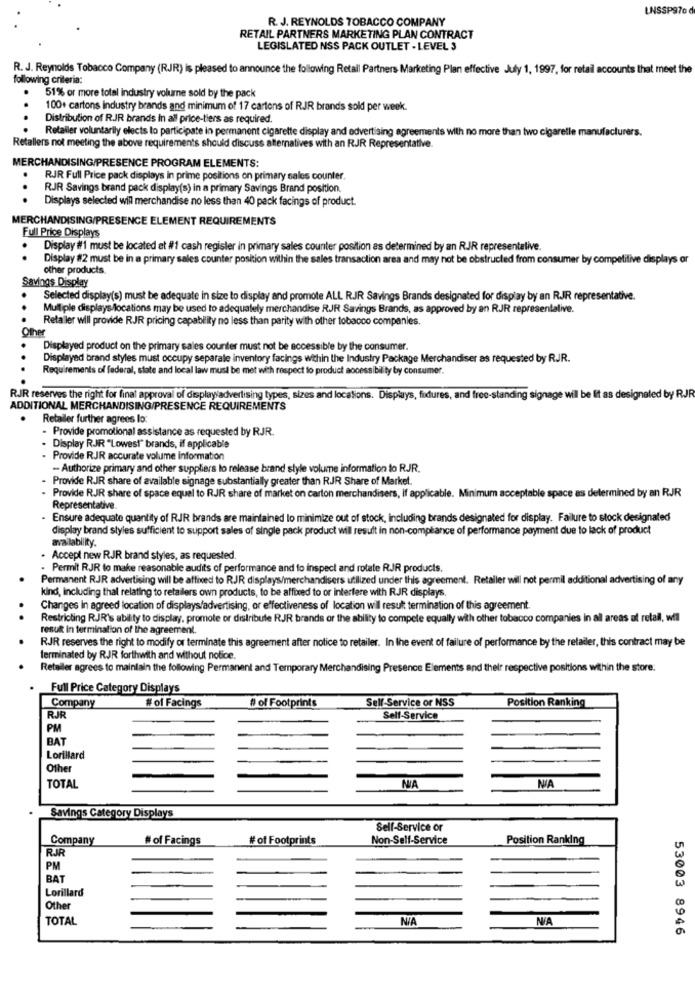
LNSSP970
R. J. REYNOLDS TOBACCO COMPANY
RETAIL PARTNERS MARKETING PLAN CONTRACT
LEGISLATED NSS PACK OUTLET - LEVEL 3
R. J. Reynolds Tobacco Company (RJR) is pleased to announce the following Retail Partners Marketing Plan effective July 1, 1997, for retail accounts that meet the
following criteria;
51% or more total industry volume sold by the pack
100+ cartons industry brands and minimum of 17 cartons of RJR brands sold per week.
Distribution of RJR brands In all price-tiers as required.
Retailer voluntarily elects to participate in permanent cigarette display and advertising agreements with no more than two cigaretle manufacturers.
Retallers not meeting the above requirements should discuss alternatives with an RJR Representative.
MERCHANDISING/PRESENCE PROGRAM ELEMENTS:
RJR Full Price pack displays in prime positions on primary sales counter.
. .
RJR Savings brand pack display(s) in a primary Savings Brand position.
Displays selected wil merchandise no less than 40 pack facings of product.
MERCHANDISING/PRESENCE ELEMENT REQUIREMENTS
Full Price Displays
Display #1 must be located at #1 cash register in primary sales counter position as determined by an RJR representalive.
..
Display #2 must be in a primary sales counter position within the sales transaction area and may not be obstructed from consumer by competitive displays or
other products.
Savings Display
Selected display(s) must be adequate in size to display and promote ALL RJR Savings Brands designated for display by an RJR representative.
Multiple displays/locations may be used to adequately merchandise RJR Savings Brands, as approved by an RJR representalive.
Retailer will provide RJR pricing capability no less than parity with other tobacco companies.
Other
Displayed product on the primary sales counter must not be accessible by the consumer.
Displayed brand styles must occupy separale inventory facings within the Industry Package Merchandiser as requested by RJJR.
Requirements of federal, state and local law must be met with respect to product accessibility by consumer.
RJR reserves the right for final approval of displayadvertising types, sizes and locations. Displays, fidures, and free-standing signage will be lit as designated by RJR
ADDITIONAL MERCHANDISING/PRESENCE REQUIREMENTS
Retailer further agrees lo
- Provide promotional assistance as requested by RJR.
Display RJR "Lowest" brands, if applicable
- Provide RJR accurate volume information
- Authorize primary and other suppliers lo release brand style volume information to RJR.
Provide RJR share of available signage substantially greater than RJR Share of Market.
Provide RJR share of space equal to RJR share of market on carton merchandisers, if applicable. Minimum acceptable space as determined by an RJR
Representative
Ensure adequate quantity of RJR brands are maintained lo minimize out of stock, Including brands designated for display. Failure to stock designated
display brand styles sufficient to support sales of single pack product will result in non-compliance of performance payment due to lack of product
availability.
. Accept new RJR brand styles, as requested.
. Permit RJR to make reasonable audits of performance and to inspect and rotate RJR products.
Permanent RJR advertising will be affixed to RJR displays/merchandisers utilized under this agreement. Retaller will not permil additional advertising of any
kind, including thal relating to retailers own products, to be affixed to or interfere with RJR displays
Changes In agreed location of displays/advertising, or effectiveness of location wil result termination of this agreement.
Restricting RJR's ability to display, promote or distribute RJR brands or the ability to compete equally with other tobacco companies in all areas at retail, will
result in termination of the agreement.
RJR reserves the right to modify or terminate this agreement after notice to retailer. In the event of failure of performance by the retailer, this contract may be
terminated by RJR forthwith and without notice.
Reteller agrees to maintain the following Permanent and Temporary Merchandising Presence Elements and their respective positions within the store:
Full Price Category Displays
Company
# of Facings
Self-Service or NSS
Position Ranking
# of Footprints
RJR
Self-Service
PM
BAT
Lorillard
Other
NA
TOTAL
NA
Savings Category Displays
Self-Service or
Company
# of Facings
# of Footprints
Non-Self-Service
Position Ranking
RJR
PM
BAT
Lorillard
Other
TOTAL
53003 8946